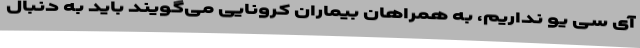
آی سی یو نداریم، به همراهان بیماران کرونایی می‌گویند باید به دنبال